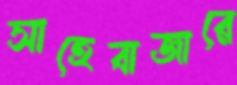
সাহেবাজারে